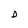
Character: D